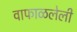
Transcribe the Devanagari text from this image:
वाफाळलेली